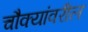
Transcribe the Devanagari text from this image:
चौक्यांवरील